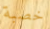
خصبة